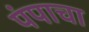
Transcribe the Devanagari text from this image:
पंपाचा